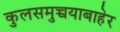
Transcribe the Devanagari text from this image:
कुलसमुच्चयाबाहेर